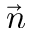
\vec { n }